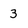
Character: 3